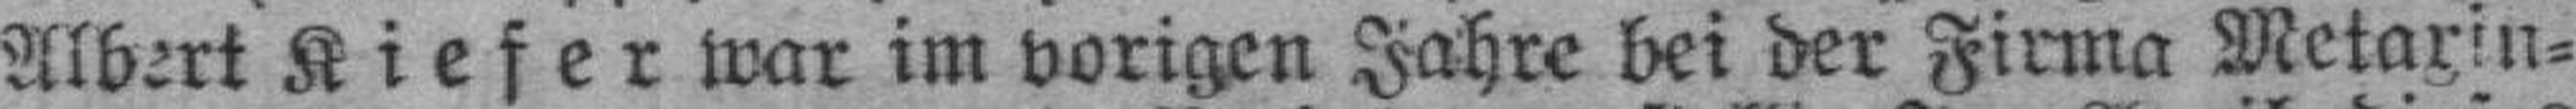
Albert Kiefer war im vorigen Jahre bei der Firma Metaxin¬